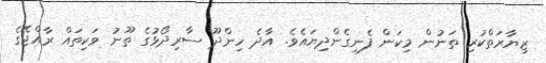
ޒިޔާރަތްކުރި ތަނުން މިކަން ފެނިގެންދިޔައެވެ. އާދެ ހިންދޫ ސާރިދޯޅުގެ ތޫނު ވަކިތައް ރާއްޖޭގެ